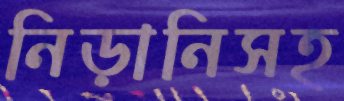
নিড়ানিসহ